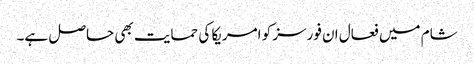
شام میں فعال ان فورسز کو امریکا کی حمایت بھی حاصل ہے۔